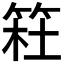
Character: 𥮊